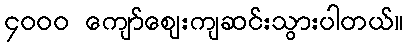
၄၀၀၀ ကျော်ဈေးကျဆင်းသွားပါတယ်။